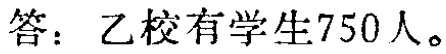
答：乙校有学生750人。